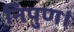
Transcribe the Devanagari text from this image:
निपुण।